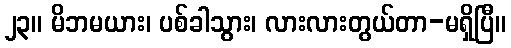
၂၃။ မိဘမယား၊ ပစ်ခါသွား၊ လားလားတွယ်တာ-မရှိပြီ။